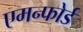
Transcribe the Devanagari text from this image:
एमन्फोर्ड